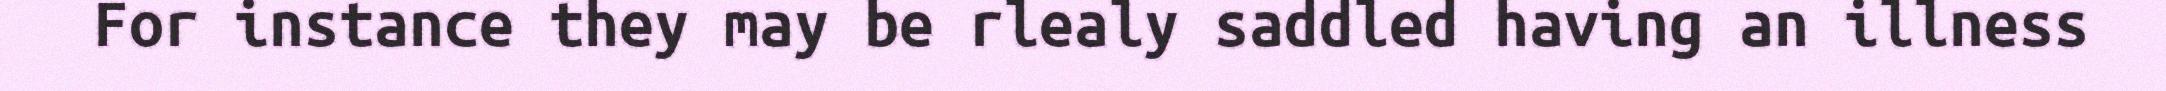
For instance they may be rlealy saddled having an illness